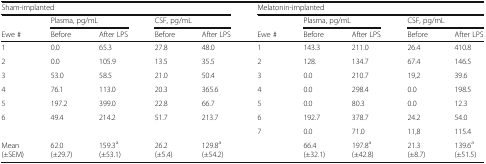
<table><thead><tr><td colspan="5"><b>Sham-implanted</b></td><td colspan="5"><b>Melatonin-implanted</b></td></tr><tr><td></td><td colspan="2"><b>Plasma, pg/mL</b></td><td colspan="2"><b>CSF, pg/mL</b></td><td></td><td colspan="2"><b>Plasma, pg/mL</b></td><td colspan="2"><b>CSF, pg/mL</b></td></tr><tr><td><b>Ewe #</b></td><td><b>Before</b></td><td><b>After LPS</b></td><td><b>Before</b></td><td><b>After LPS</b></td><td><b>Ewe #</b></td><td><b>Before</b></td><td><b>After LPS</b></td><td><b>Before</b></td><td><b>After LPS</b></td></tr></thead><tbody><tr><td>1</td><td>0.0</td><td>65.3</td><td>27.8</td><td>48.0</td><td>1</td><td>143.3</td><td>211.0</td><td>26.4</td><td>410.8</td></tr><tr><td>2</td><td>0.0</td><td>105.9</td><td>13.5</td><td>35.5</td><td>2</td><td>128.</td><td>134.7</td><td>67.4</td><td>146.5</td></tr><tr><td>3</td><td>53.0</td><td>58.5</td><td>21.0</td><td>50.4</td><td>3</td><td>0.0</td><td>210.7</td><td>19,2</td><td>39.6</td></tr><tr><td>4</td><td>76.1</td><td>113.0</td><td>20.3</td><td>365.6</td><td>4</td><td>0.0</td><td>298.4</td><td>0.0</td><td>198.5</td></tr><tr><td>5</td><td>197.2</td><td>399.0</td><td>22.8</td><td>66.7</td><td>5</td><td>0.0</td><td>80.3</td><td>0.0</td><td>12.3</td></tr><tr><td>6</td><td>49.4</td><td>214.2</td><td>51.7</td><td>213.7</td><td>6</td><td>192.7</td><td>378.7</td><td>24.2</td><td>54.0</td></tr><tr><td></td><td></td><td></td><td></td><td></td><td>7</td><td>0.0</td><td>71.0</td><td>11,8</td><td>115.4</td></tr><tr><td>Mean(±SEM)</td><td>62.0(±29.7)</td><td>159.3<sup>a</sup>(±53.1)</td><td>26.2(±5.4)</td><td>129.8<sup>a</sup>(±54.2)</td><td></td><td>66.4(±32.1)</td><td>197.8<sup>a</sup>(±42.8)</td><td>21.3(±8.7)</td><td>139.6<sup>a</sup>(±51.5)</td></tr></tbody></table>